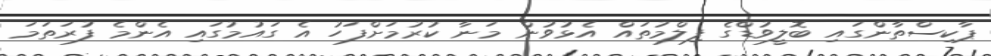
ޕާކިސްތާންގައި ބޮލީވުޑްގެ ފިލްމުތައް އެޅުވުން މަނާ ކުރުމަށްފަހު އެ ގައުމުގައި އެންމެ ފުރަތަމަ